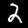
Label: 2